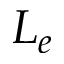
L _ { e }